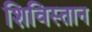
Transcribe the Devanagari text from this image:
शिविस्तान